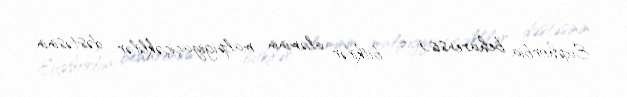
Euphorbia beharensis) — bitkilər aləminin malpigiyaçiçəklilər dəstəsinin